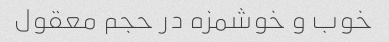
خوب و خوشمزه در حجم معقول